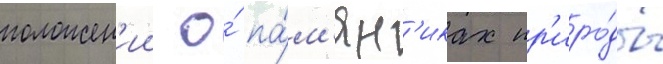
положен'ии о́ па́м'ятн'иках пр'иро́ды